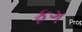
ફગ